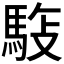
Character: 𩣓